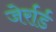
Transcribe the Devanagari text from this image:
जेर्रार्ड